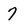
Character: 7